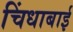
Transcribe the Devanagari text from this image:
चिंधाबाई